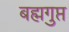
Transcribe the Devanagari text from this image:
बह्मगुप्त